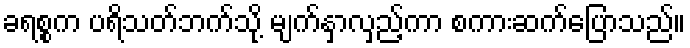
ခရစ္စက ပရိသတ်ဘက်သို့ မျက်နှာလှည့်ကာ စကားဆက်ပြောသည်။